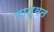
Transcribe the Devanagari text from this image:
मातृवत